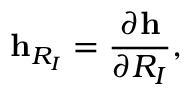
{ \displaystyle { \bf h } _ { R _ { I } } = \frac { \partial { \bf h } } { \partial R _ { I } } } ,